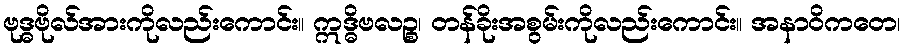
ဗုဒ္ဓဗိုလ်အားကိုလည်းကောင်း။ ဣဒ္ဓိဗလဉ္စ၊ တန်ခိုးအစွမ်းကိုလည်းကောင်း။ အနာဝိကတေ၊